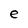
Character: e